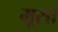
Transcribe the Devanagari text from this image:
मूसों